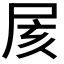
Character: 𡱍